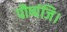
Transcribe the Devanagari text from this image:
पौष्पंजि।